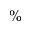
\%